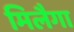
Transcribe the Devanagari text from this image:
मिलैगा